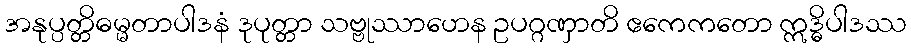
အနုပ္ပတ္တိဓမ္မတာပါဒနံ ဒုပုတ္တာ သဗ္ဗုဿာဟေန ဥပဂ္ဂဏှာတိ ဧကေကတော ဣဒ္ဓိပါဒဿ